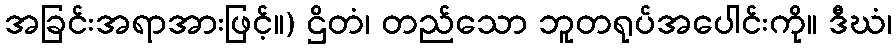
အခြင်းအရာအားဖြင့်။) ဌိတံ၊ တည်သော ဘူတရုပ်အပေါင်းကို။ ဒီဃံ၊